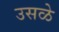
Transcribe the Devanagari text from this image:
उसळे